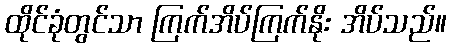
ထိုင်ခုံတွင်သာ ကြက်အိပ်ကြက်နိုး အိပ်သည်။